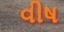
વીષ